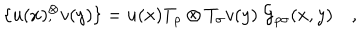
\{ u ( x ) { } _ { , } ^ { \otimes } v ( y ) \} = u ( x ) T _ { \rho } \otimes T _ { \sigma } v ( y ) \; { \cal G } _ { \rho \sigma } ( x , y ) \quad ,